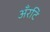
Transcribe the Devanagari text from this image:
अँरटि